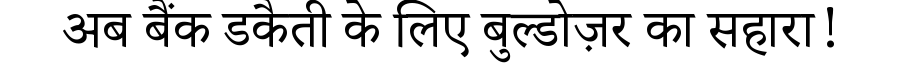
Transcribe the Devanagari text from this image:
अब बैंक डकैती के लिए बुल्डोज़र का सहारा!